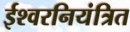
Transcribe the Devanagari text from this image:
ईश्वरनियंत्रित